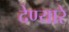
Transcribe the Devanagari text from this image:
देण्यारे